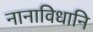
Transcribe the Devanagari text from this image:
नानाविधानि